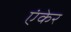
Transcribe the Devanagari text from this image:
एंकेर